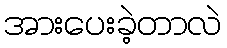
အားပေးခဲ့တာလဲ